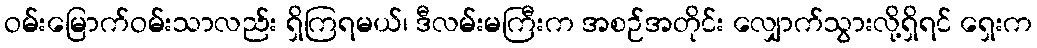
ဝမ်းမြောက်ဝမ်းသာလည်း ရှိကြရမယ်၊ ဒီလမ်းမကြီးက အစဉ်အတိုင်း လျှောက်သွားလို့ရှိရင် ရှေးက